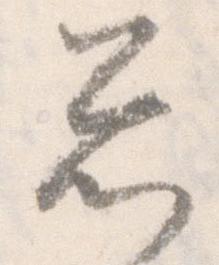
忩